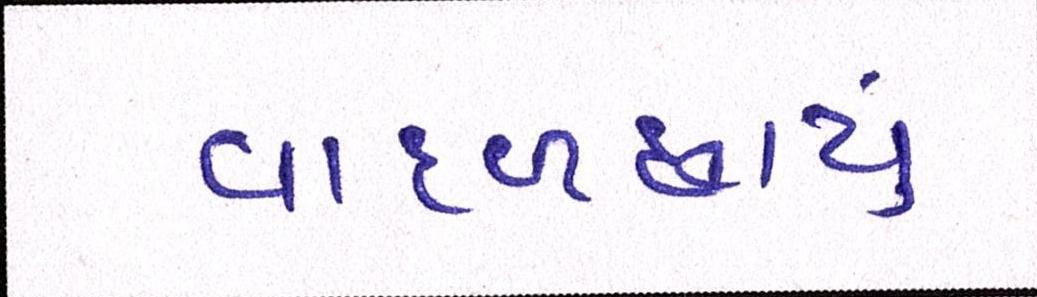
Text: વાદળછાયું